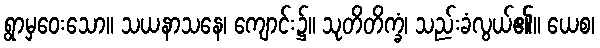
ရွာမှဝေးသော။ သယနာသနေ၊ ကျောင်း၌။ သုတိတိက္ခံ၊ သည်းခံလွယ်၏။ ယေစ၊